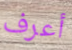
أعرف